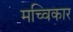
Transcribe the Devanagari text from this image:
मच्विकार